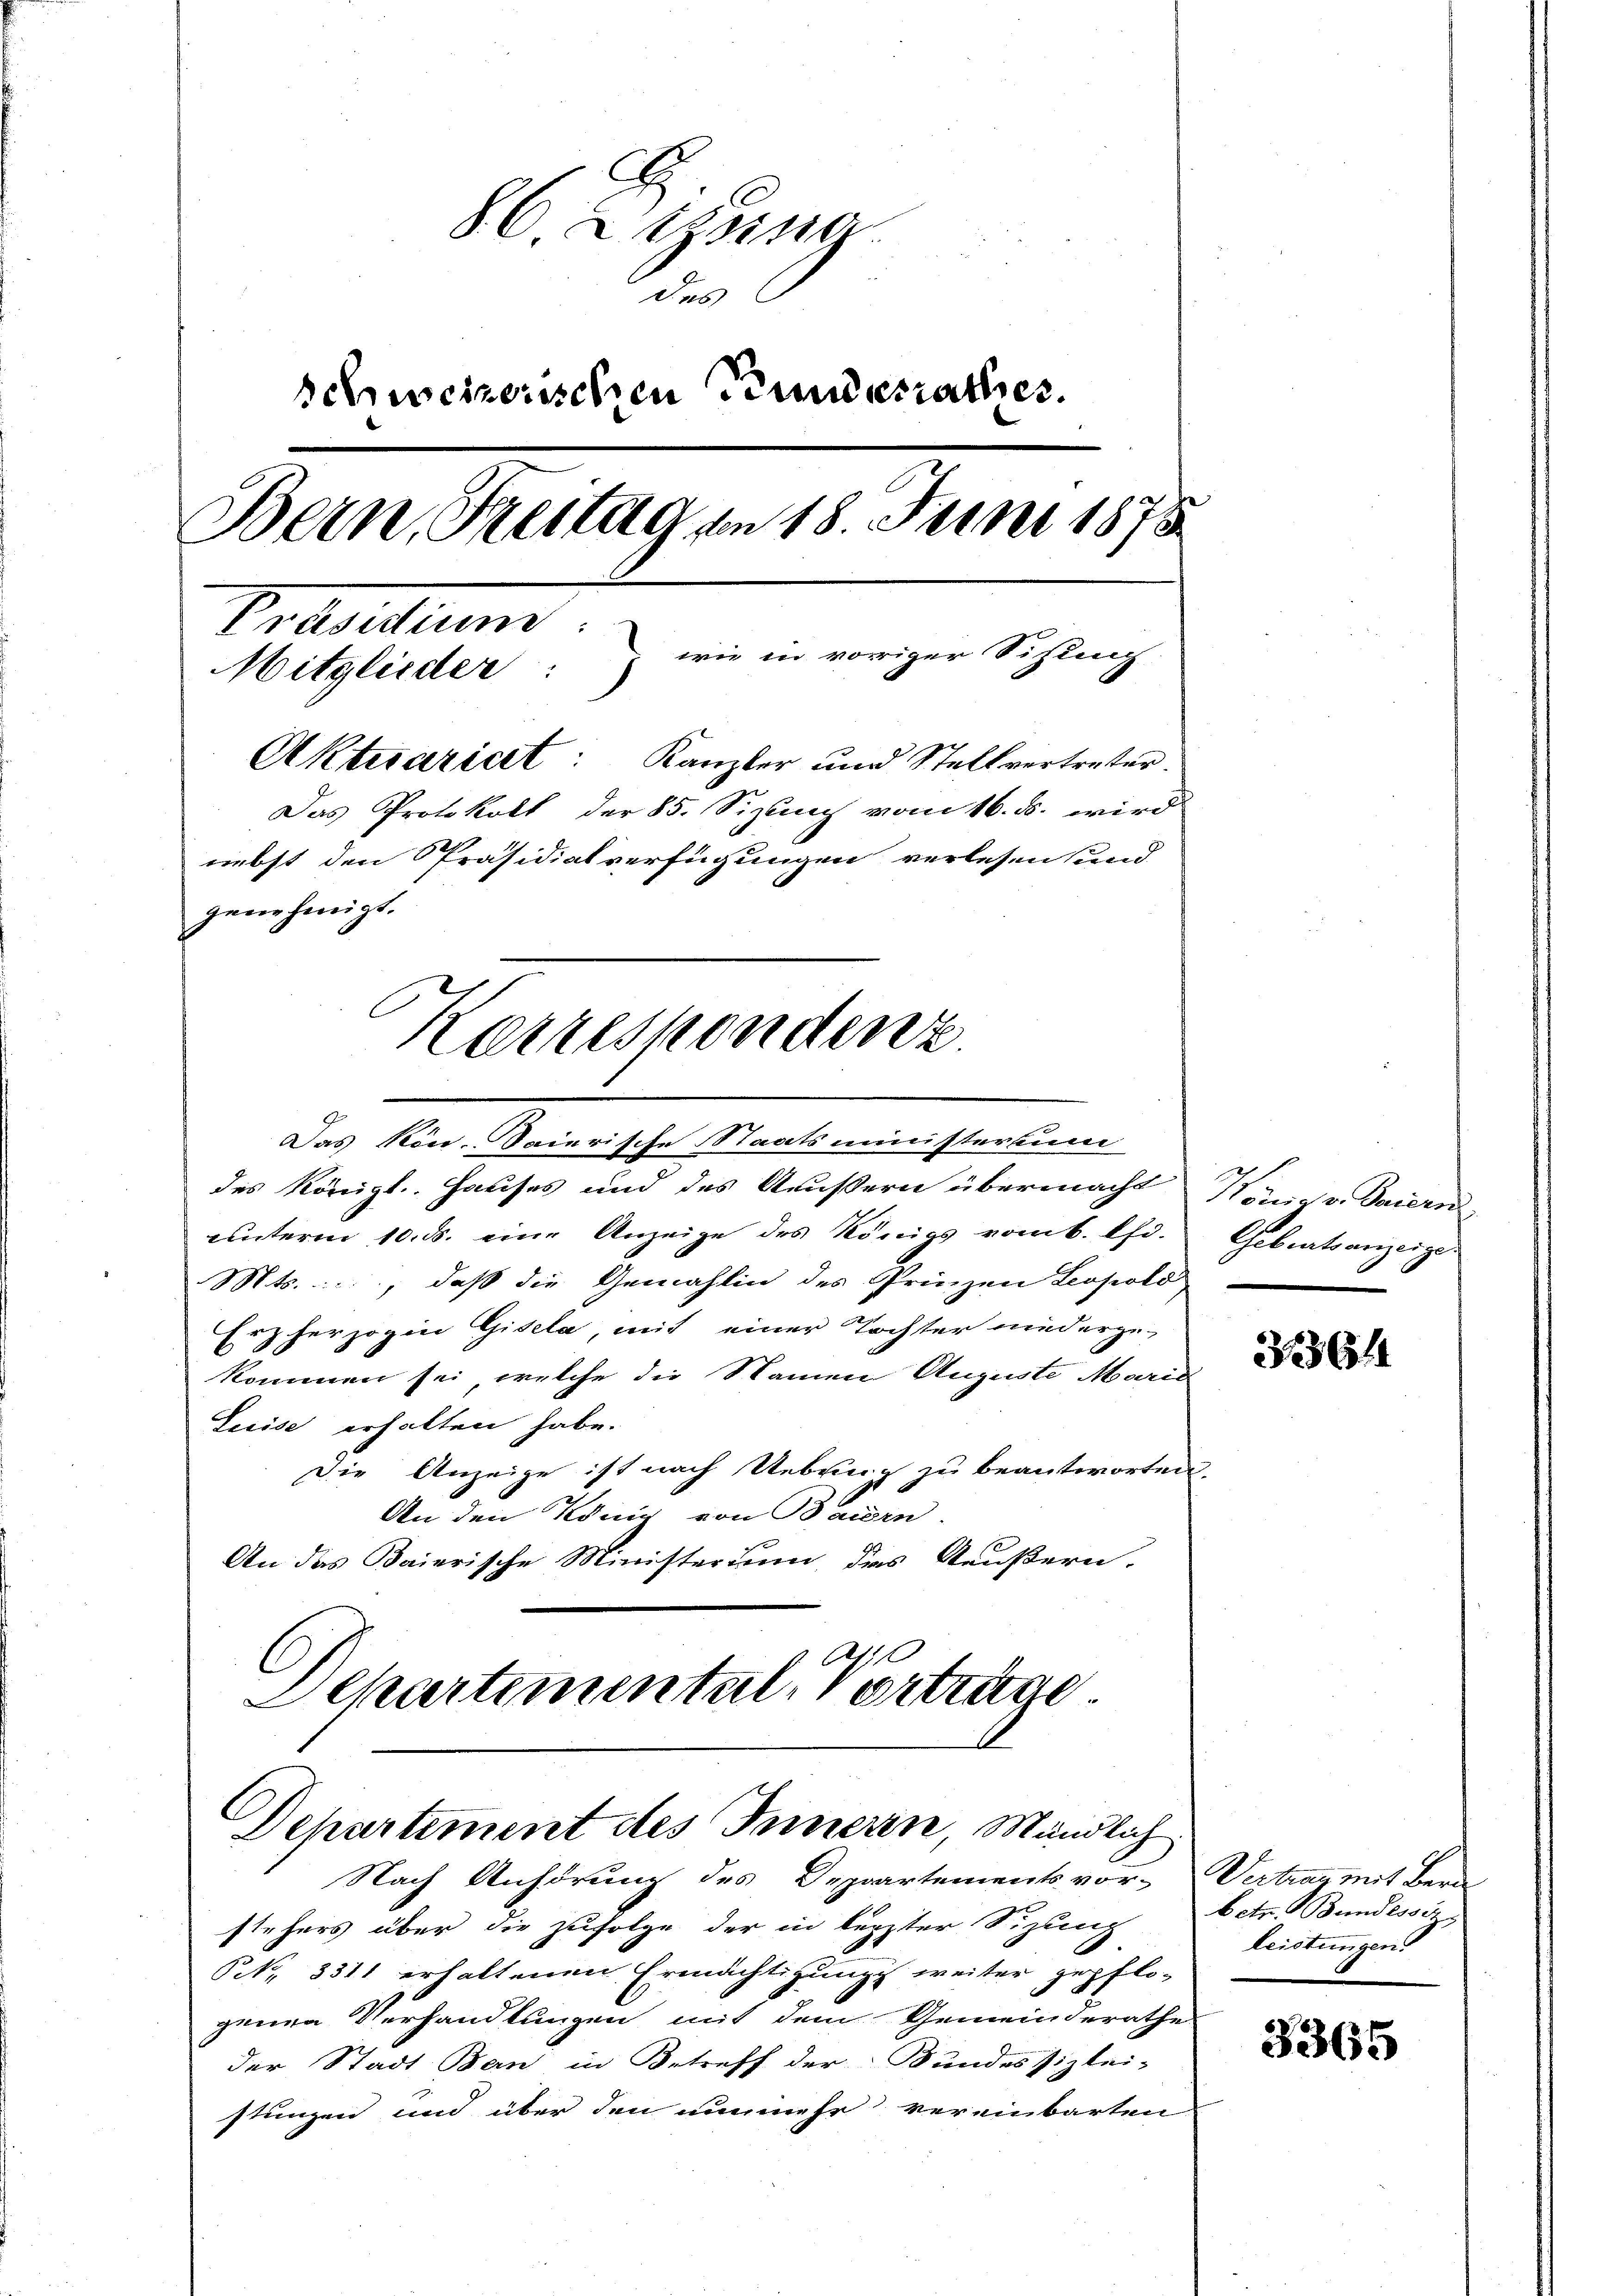
86 Rezing
de
schweizerischen Tendesrathes.
Bern, Frestag am 18. Juni 1875
Praduittung.
wie in voriger Situng.
Mitglieder:
Aktuariert: Kanzler und Stellvertreter.
Das Protokoll der 85. Sizung vom 16. ds. wird
nebst den Präsidialverfügungen verlesen (und
genehmigt.
kerrespondenz.

Das Kon-Saierische Staatsministerium
des Königl. Hauses und des Aeußern übermacht Königr. Baiern,
ŭnterm 10. ds. eine Anzeige des Königs vom 6. Chr. Gebratsanzeige
Mts., daß die Gemahlin des Prinzen Leopold
Erzherzogin Gisela, mit einer Tochter niederzu-
kommen sei, welche die Namen Auguste Marie
Leeise erhalten habe.
Die Anzeige ist nach Uebung zu beantworten.
An den König von Bauern.
An das Baierische Ministerium, das Aeußern.
Departimental-Vorträge.

Departement des Innern, Mändlich
Nach Anhörung des Departements vor- Vertrau mit Bern

stehers über die zufolge der in leppter Sizung
Po, 3311 erhaltenen Ermächtigung weiter gepflo-
genen Verhandlungen mit dem Gemeinderathe
der Stadt Bern in Betreff der Bundessizlei-
stungen und über den nunmehr vereinbarten

364

betr. Bundessiz,
leistungen.

3365